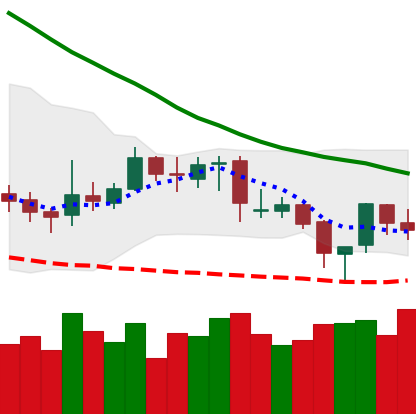
Ticker: XRP-USD
Chart end date: 2019-03-29
Forward return: 11.141%
Label: up_7plus